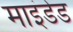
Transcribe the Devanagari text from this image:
माइंडेड